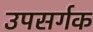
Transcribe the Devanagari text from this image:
उपसर्गक